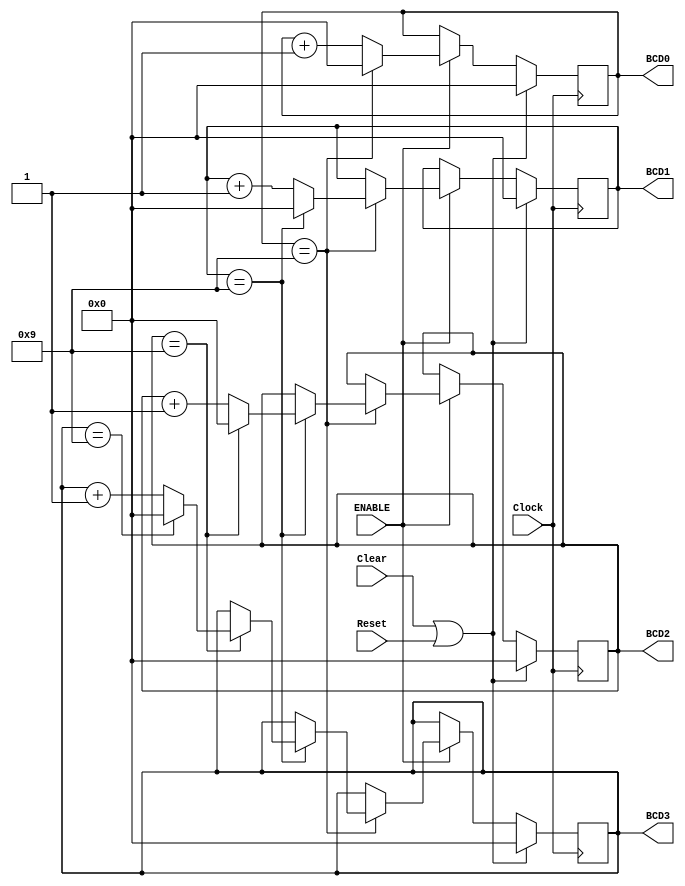
//Gabriel Altman
//ECEN2350 Digital Logic
//April, 2018
//Based on code from the textbook

module BCD_counter (Clock, Reset, Clear, ENABLE, BCD3, BCD2, BCD1, BCD0);

input Clock, Reset, Clear, ENABLE;
output reg [3:0] BCD3, BCD2, BCD1, BCD0;

always @(posedge Clock)
	begin
		if (Clear || Reset)
			begin
			BCD3 <= 0;
			BCD2 <= 0;
			BCD1 <= 0;
			BCD0 <= 0;
			end
		else if (ENABLE)
			if (BCD0 == 4'b1001)
			begin
				BCD0 <= 0;
				if (BCD1 == 4'b1001)
				begin
					BCD1 <= 0;
					if (BCD2 == 4'b1001)
					begin	
						BCD2 <= 0;
						if (BCD3 ==4'b1001)
						begin	
							BCD3 <= 0;
						end
						else
						BCD3 <= BCD3 +1;
					end
					else
					BCD2 <= BCD2 +1;	
				end		
				else
				BCD1 <= BCD1 + 1;
			end
			else
			BCD0 <= BCD0 + 1;
	
	
	
	end
endmodule